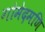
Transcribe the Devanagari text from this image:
गोमेदमणि